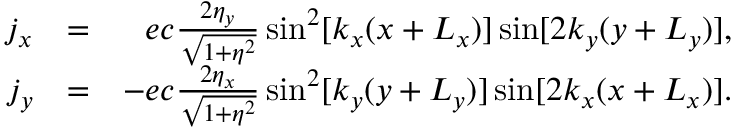
\begin{array} { r l r } { j _ { x } } & { = } & { e c \frac { 2 \eta _ { y } } { \sqrt { 1 + \eta ^ { 2 } } } \sin ^ { 2 } [ k _ { x } ( x + L _ { x } ) ] \sin [ 2 k _ { y } ( y + L _ { y } ) ] , } \\ { j _ { y } } & { = } & { - e c \frac { 2 \eta _ { x } } { \sqrt { 1 + \eta ^ { 2 } } } \sin ^ { 2 } [ k _ { y } ( y + L _ { y } ) ] \sin [ 2 k _ { x } ( x + L _ { x } ) ] . } \end{array}